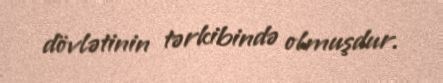
dövlətinin tərkibində olmuşdur.